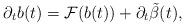
LaTeX: \begin{align*}\partial _{t}b(t)=\mathcal{F}(b(t))+\partial _{t}\tilde{\beta}(t),\end{align*}